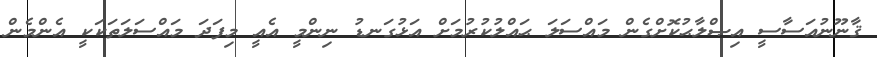
ޤާނޫނުއަސާސީ އިޞްލާޙުކޮށްގެން މައްސަލަ ޙައްލުކުރުމަށް އަޅުގަނޑު ނިންމީ އެއީ މިފަދަ މައްސަލަތަކަކީ އެންމެން